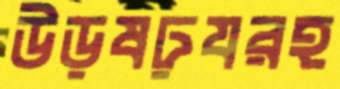
উড়ষঢ়যরহ